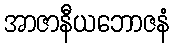
အာဇာနီယဘောဇနံ